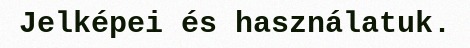
Jelképei és használatuk.